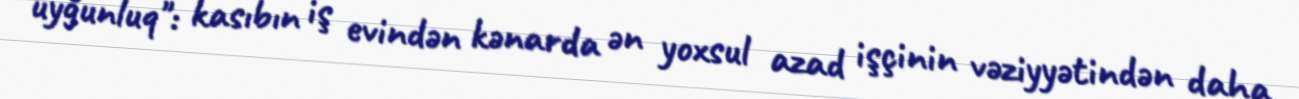
uyğunluq": kasıbın iş evindən kənarda ən yoxsul azad işçinin vəziyyətindən daha